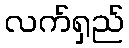
လက်ရှည်